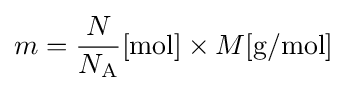
{m}={\frac {N}{N_{\text{A}}}}[{\text{mol}}]\times {M}[{\text{g/mol}}]